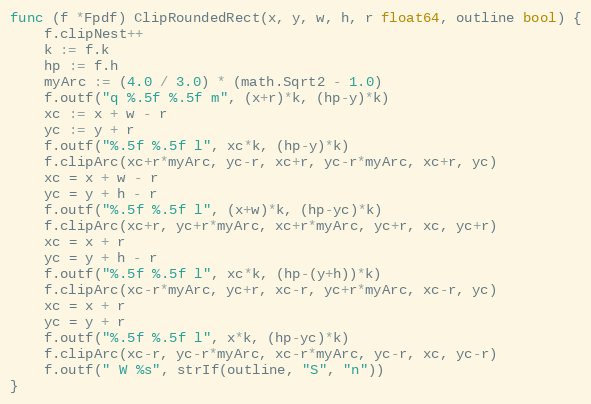
Language: Go
func (f *Fpdf) ClipRoundedRect(x, y, w, h, r float64, outline bool) {
	f.clipNest++
	k := f.k
	hp := f.h
	myArc := (4.0 / 3.0) * (math.Sqrt2 - 1.0)
	f.outf("q %.5f %.5f m", (x+r)*k, (hp-y)*k)
	xc := x + w - r
	yc := y + r
	f.outf("%.5f %.5f l", xc*k, (hp-y)*k)
	f.clipArc(xc+r*myArc, yc-r, xc+r, yc-r*myArc, xc+r, yc)
	xc = x + w - r
	yc = y + h - r
	f.outf("%.5f %.5f l", (x+w)*k, (hp-yc)*k)
	f.clipArc(xc+r, yc+r*myArc, xc+r*myArc, yc+r, xc, yc+r)
	xc = x + r
	yc = y + h - r
	f.outf("%.5f %.5f l", xc*k, (hp-(y+h))*k)
	f.clipArc(xc-r*myArc, yc+r, xc-r, yc+r*myArc, xc-r, yc)
	xc = x + r
	yc = y + r
	f.outf("%.5f %.5f l", x*k, (hp-yc)*k)
	f.clipArc(xc-r, yc-r*myArc, xc-r*myArc, yc-r, xc, yc-r)
	f.outf(" W %s", strIf(outline, "S", "n"))
}